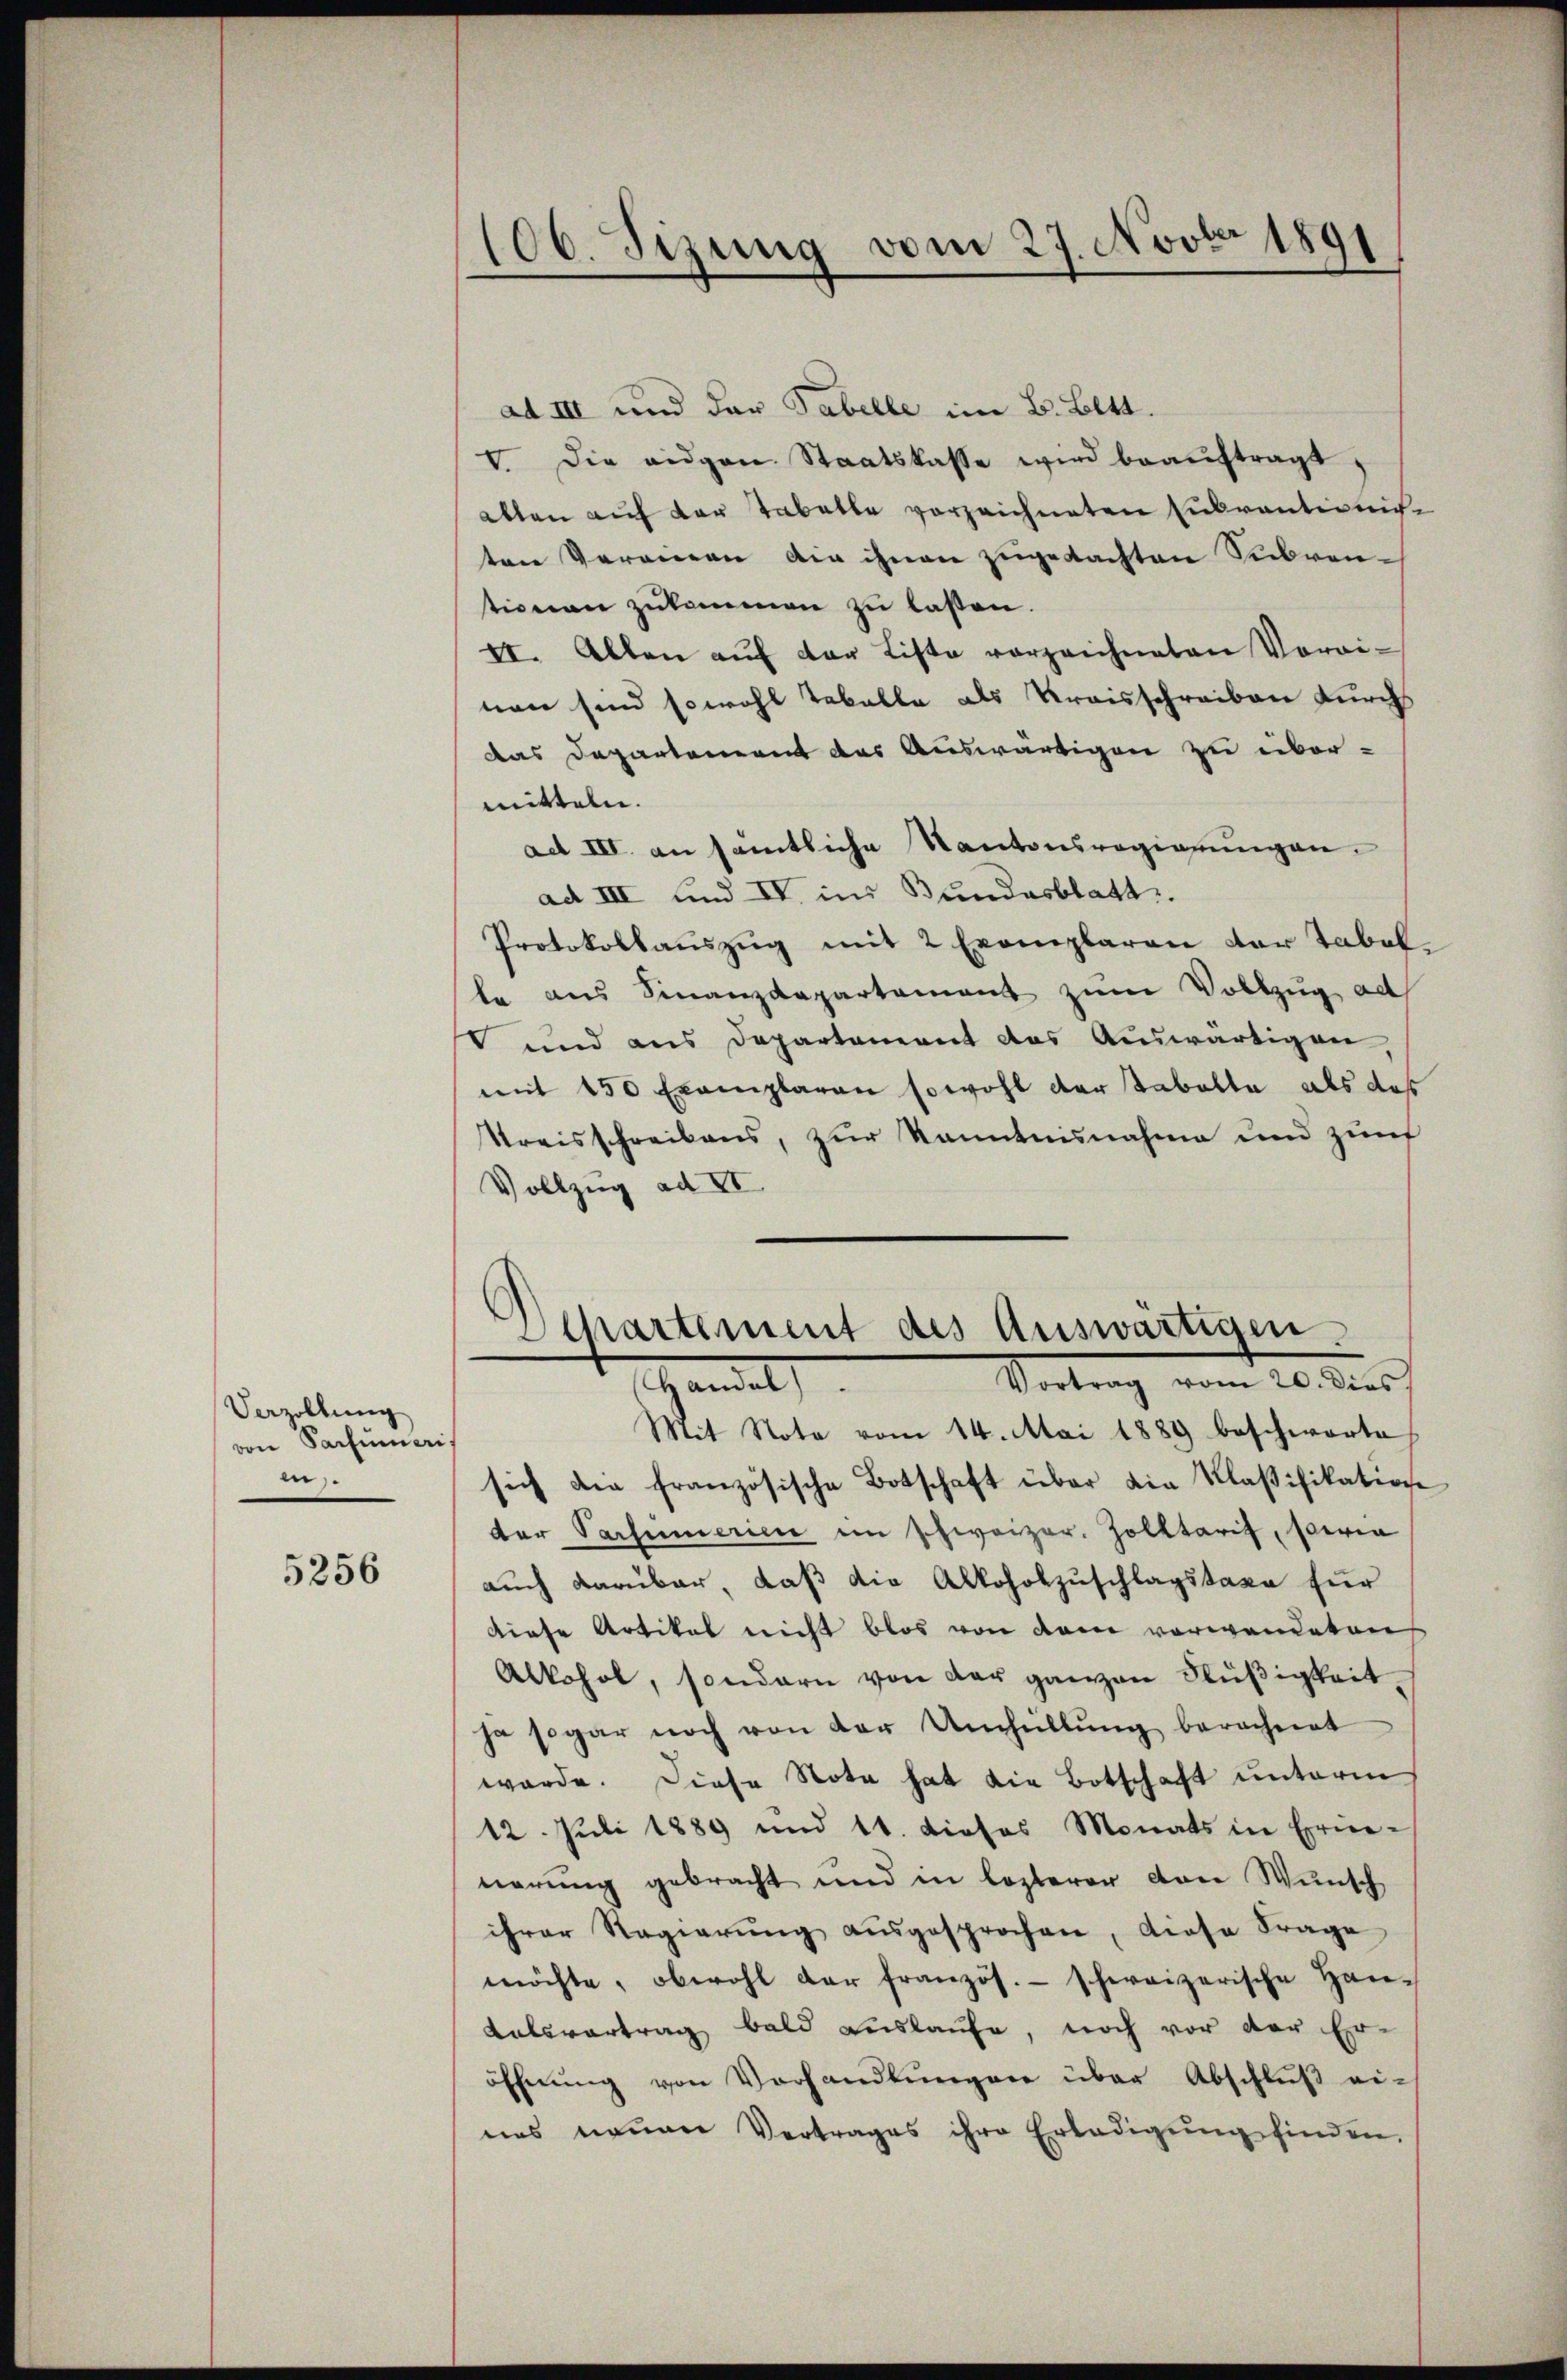
Verzöllung
von Sachumais
in.

5256

ad III und das Tabelle im B. Bl.
V. Die eidgen Staatskasse wird beaŭftragt,
alten auf der Tabelle vorzeichneten Embrantienisten Vereinen die ihnen zugedachten Subventionen zŭkommen zŭ lasen.
II. Allen aŭf der Liste vorzeichneten Vorri-
nen sind sowohl Tabelle als Kraisschreiben durch
das Departement des Auswärtigen zu eibor-
mitteln.
act III. an sämtliche Kantonsregierungen.
ad III und IV. im Bundesblatt.
Protokollaŭszŭg mit 2 Exemplaren der Tabel.
te aus Finanzdepartement zum Vollzug al
 und aus Departement das Auswärtigen,
mit 150 Exemplaren sowohl der Taballa als daß
Kreisschreibens, zur Kenntnisnahme und zum
Vollzug ad VI

106. Sizung vom 27. Novbr 1891
.

s
Departement des Auswärtigen.
Vortrag vom 20. dies
Handel

Mit Note vom 14. Mai 1889 beschworte
sich die französische Botschaft über die Klaβifikation
der Sachmeriere in schweizer. Zolltaris, sein
auch darüber, daβ die Alkoholzuschlagstaxe für
diese Artikel nicht blos von dem vorwandeten
Alkohol, sondern von der ganzen Flüßigkeit.
ja sogar noch von der Umhüllŭng berechnet
werde. Diese Nota hat die Botschaft unterm
12. Juli 1889 und 11. dieses Monats in Erne-
nerung gebracht und in lezterer von Wunsch
ihrer Regierŭng aŭsgesprochen, diese Frage
möchte, obwohl der französ. - schweizerische Han-
Kalsvertrag bald auslaufe, noch vor der Eröffnŭng von Vorhandlŭngen über Abschlŭβ ei-
nes neuen Vertrages ihre Erledigŭng finden.